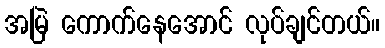
အမြဲ ကောက်နေအောင် လုပ်ချင်တယ်။